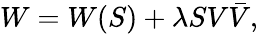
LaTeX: W=W(S)+\lambda SV\bar{V},